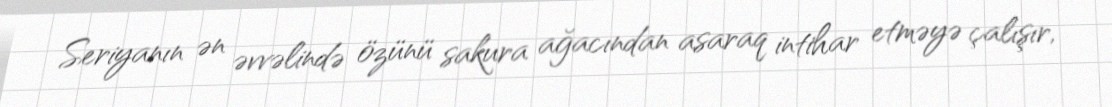
Seriyanın ən əvvəlində özünü sakura ağacından asaraq intihar etməyə çalışır,